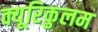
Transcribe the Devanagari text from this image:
क्यूरिकुलम